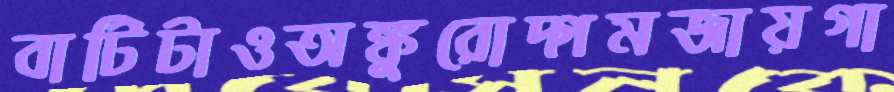
বাটিটাওঅঙ্কুরোদ্গমজায়গা